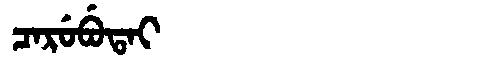
Manchu: ᠴᠠᡵᡠᠪᡠᡨᠠᡳ
Romanization: CARUBUTAI